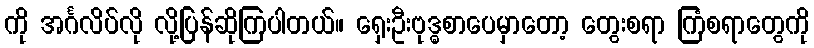
ကို အင်္ဂလိပ်လို လို့ပြန်ဆိုကြပါတယ်။ ရှေးဦးဗုဒ္ဓစာပေမှာတော့ တွေးစရာ ကြံစရာတွေကို